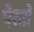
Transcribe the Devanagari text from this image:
पेरतो